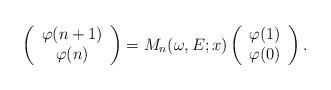
LaTeX: \begin{align*} \left( \begin{array}{c} \varphi(n+1) \\ \varphi(n) \end{array}\right)= M_n(\omega, E; x) \left( \begin{array}{c} \varphi(1) \\ \varphi(0) \end{array}\right).\end{align*}